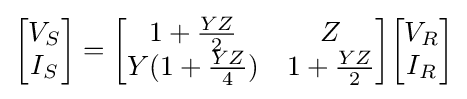
{\begin{bmatrix}V_{S}\\I_{S}\\\end{bmatrix}}={\begin{bmatrix}1+{\frac {YZ}{2}}&Z\\Y(1+{\frac {YZ}{4}})&1+{\frac {YZ}{2}}\end{bmatrix}}{\begin{bmatrix}V_{R}\\I_{R}\\\end{bmatrix}}